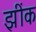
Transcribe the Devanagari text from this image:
झींक